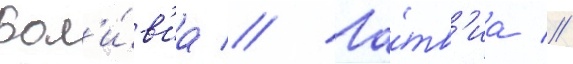
Бол'и́в'иа // Ла́тв'иа //